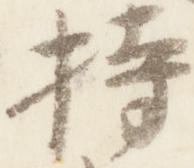
持